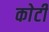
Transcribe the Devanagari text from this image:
काेटी